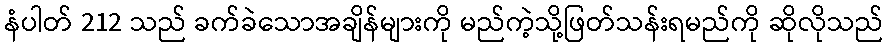
နံပါတ် 212 သည် ခက်ခဲသောအချိန်များကို မည်ကဲ့သို့ဖြတ်သန်းရမည်ကို ဆိုလိုသည်